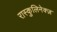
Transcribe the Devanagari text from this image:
रास्कुलिनेक्ज़